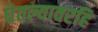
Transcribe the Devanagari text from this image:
घेतल्यावरहि